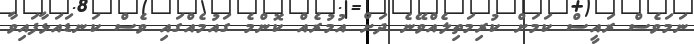
ނަމަވެސް ރައީސް ކަމަށް ކުރިމަތިލެއްވޭނެ ދަށް އުމުރެއް ކޮންމެ ގައުމެއްގައި ވެސް ކަނޑަައަޅާފައިވާ